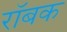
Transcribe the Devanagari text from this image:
रॉबक